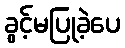
ခွင့်မပြုခဲ့ပေ